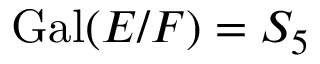
\operatorname { G a l } ( E / F ) = S _ { 5 }